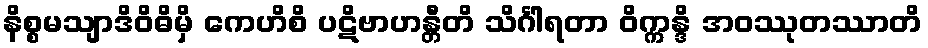
နိစ္စမသျာဒိဝိဓိမှိ ကေဟိစိ ပဋိဗာဟန္တီတိ သိင်္ဂါရတာ ဝိက္ကန္ဒိ အဝဿုတဿာတိ